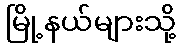
မြို့နယ်များသို့